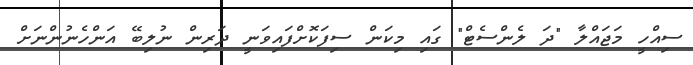
ސިއްހީ މަޖައްލާ "ދަ ލެންސެޓް" ގައި މިކަން ސިފަކޮށްފައިވަނީ ދަރިން ނުލިބޭ އަންހެނުންނަށް